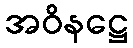
အဝိနဋ္ဌေ